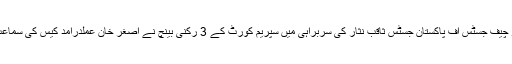
بدھ کو چیف جسٹس آف پاکستان جسٹس ثاقب نثار کی سربراہی میں سپریم کورٹ کے 3 رکنی بینچ نے اصغر خان عملدرآمد کیس کی سماعت کی۔